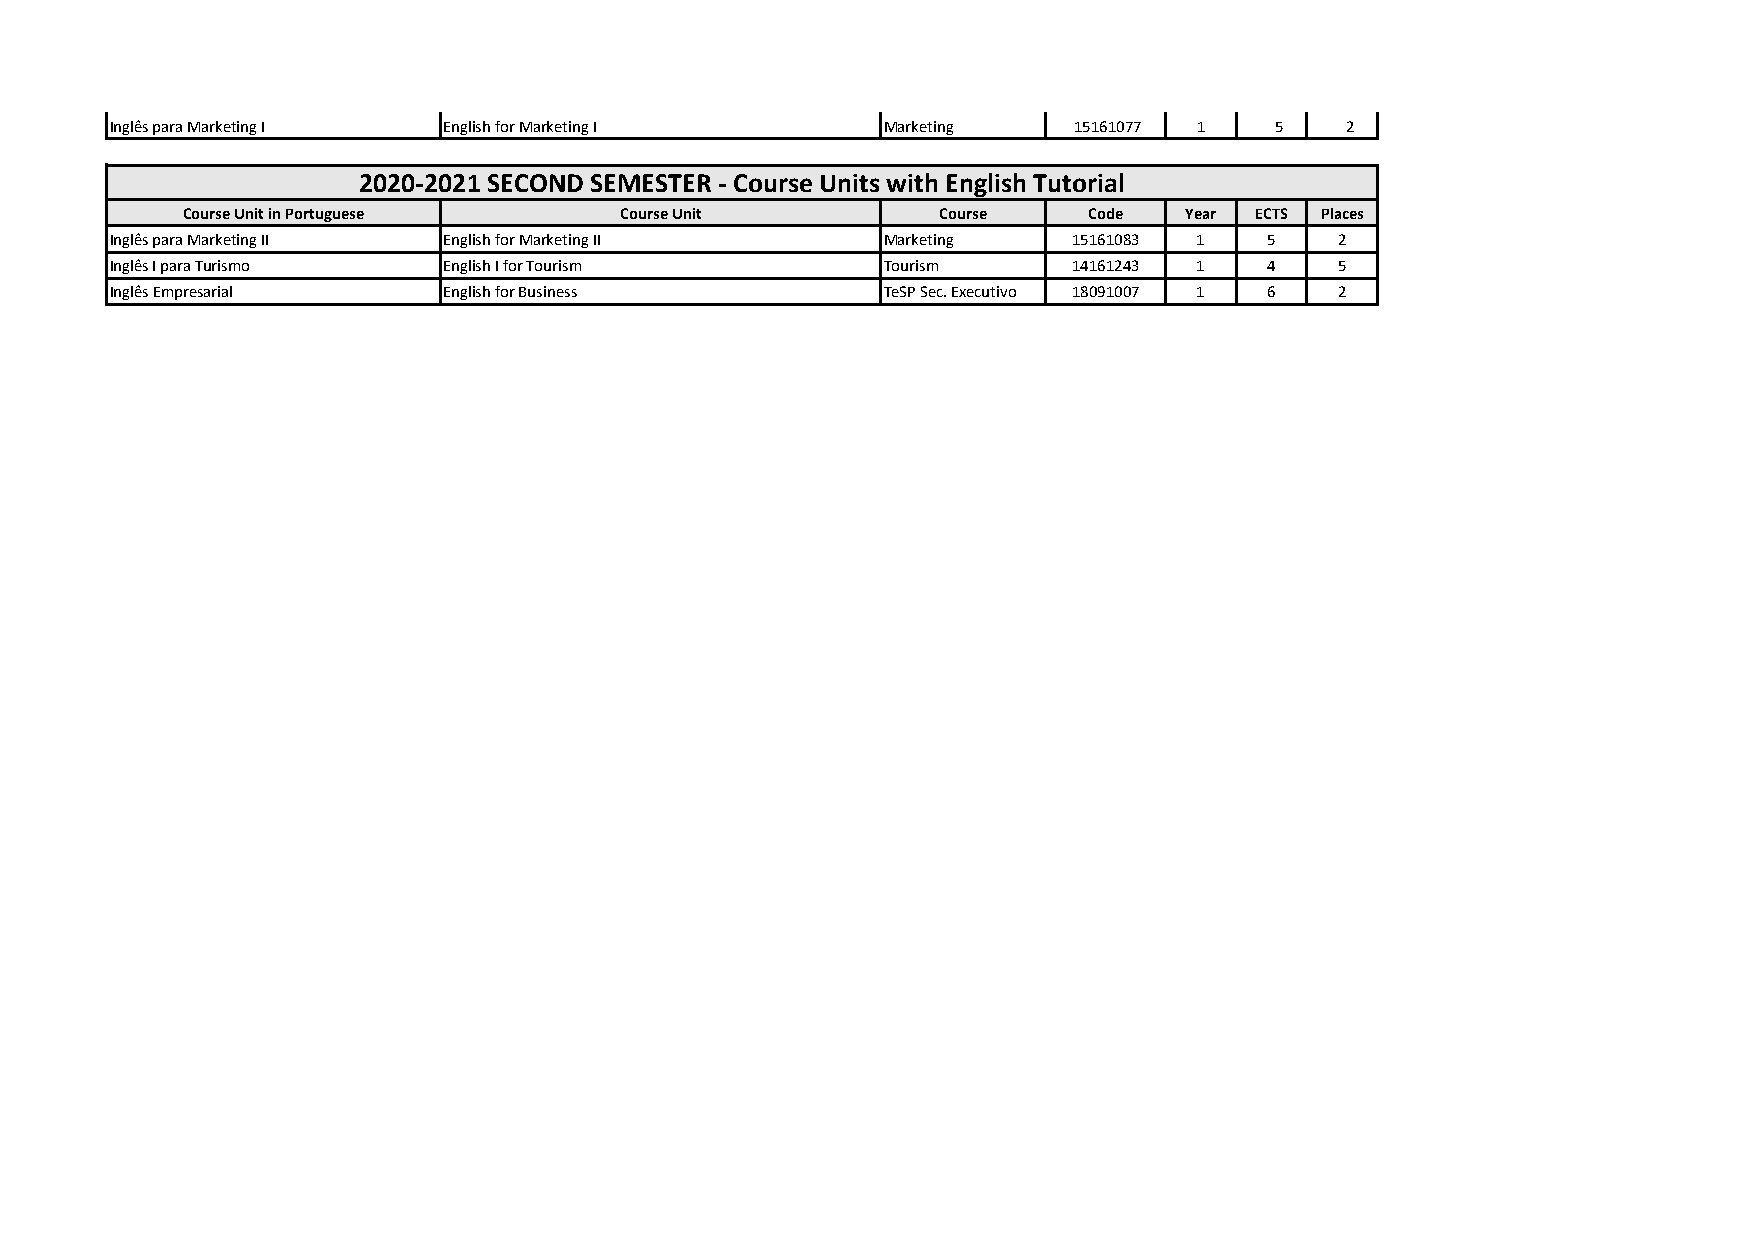
Inglês para Marketing I English for Marketing I    Marketing    15161077 1   5    2
 2020-2021 SECOND SEMESTER - Course Units with English Tutorial
 Course Unit in Portuguese    Course Unit          Course    Code  Year ECTS Places
 Inglês para Marketing II English for Marketing II  Marketing    15161083 1   5    2
 Inglês I para Turismo English I for Tourism        Tourism      14161243 1   4    5
 Inglês Empresarial    English for Business         TeSP Sec. Executivo 18091007 1 6 2